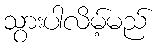
သွားပါလိမ့်မည်